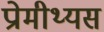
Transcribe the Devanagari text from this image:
प्रोमीथ्यस